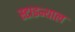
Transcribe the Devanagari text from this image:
स्टाइन्थाल